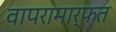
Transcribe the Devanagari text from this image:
वापरामार्फत